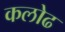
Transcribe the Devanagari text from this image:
कलोढ